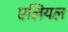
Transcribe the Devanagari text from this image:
एलियल